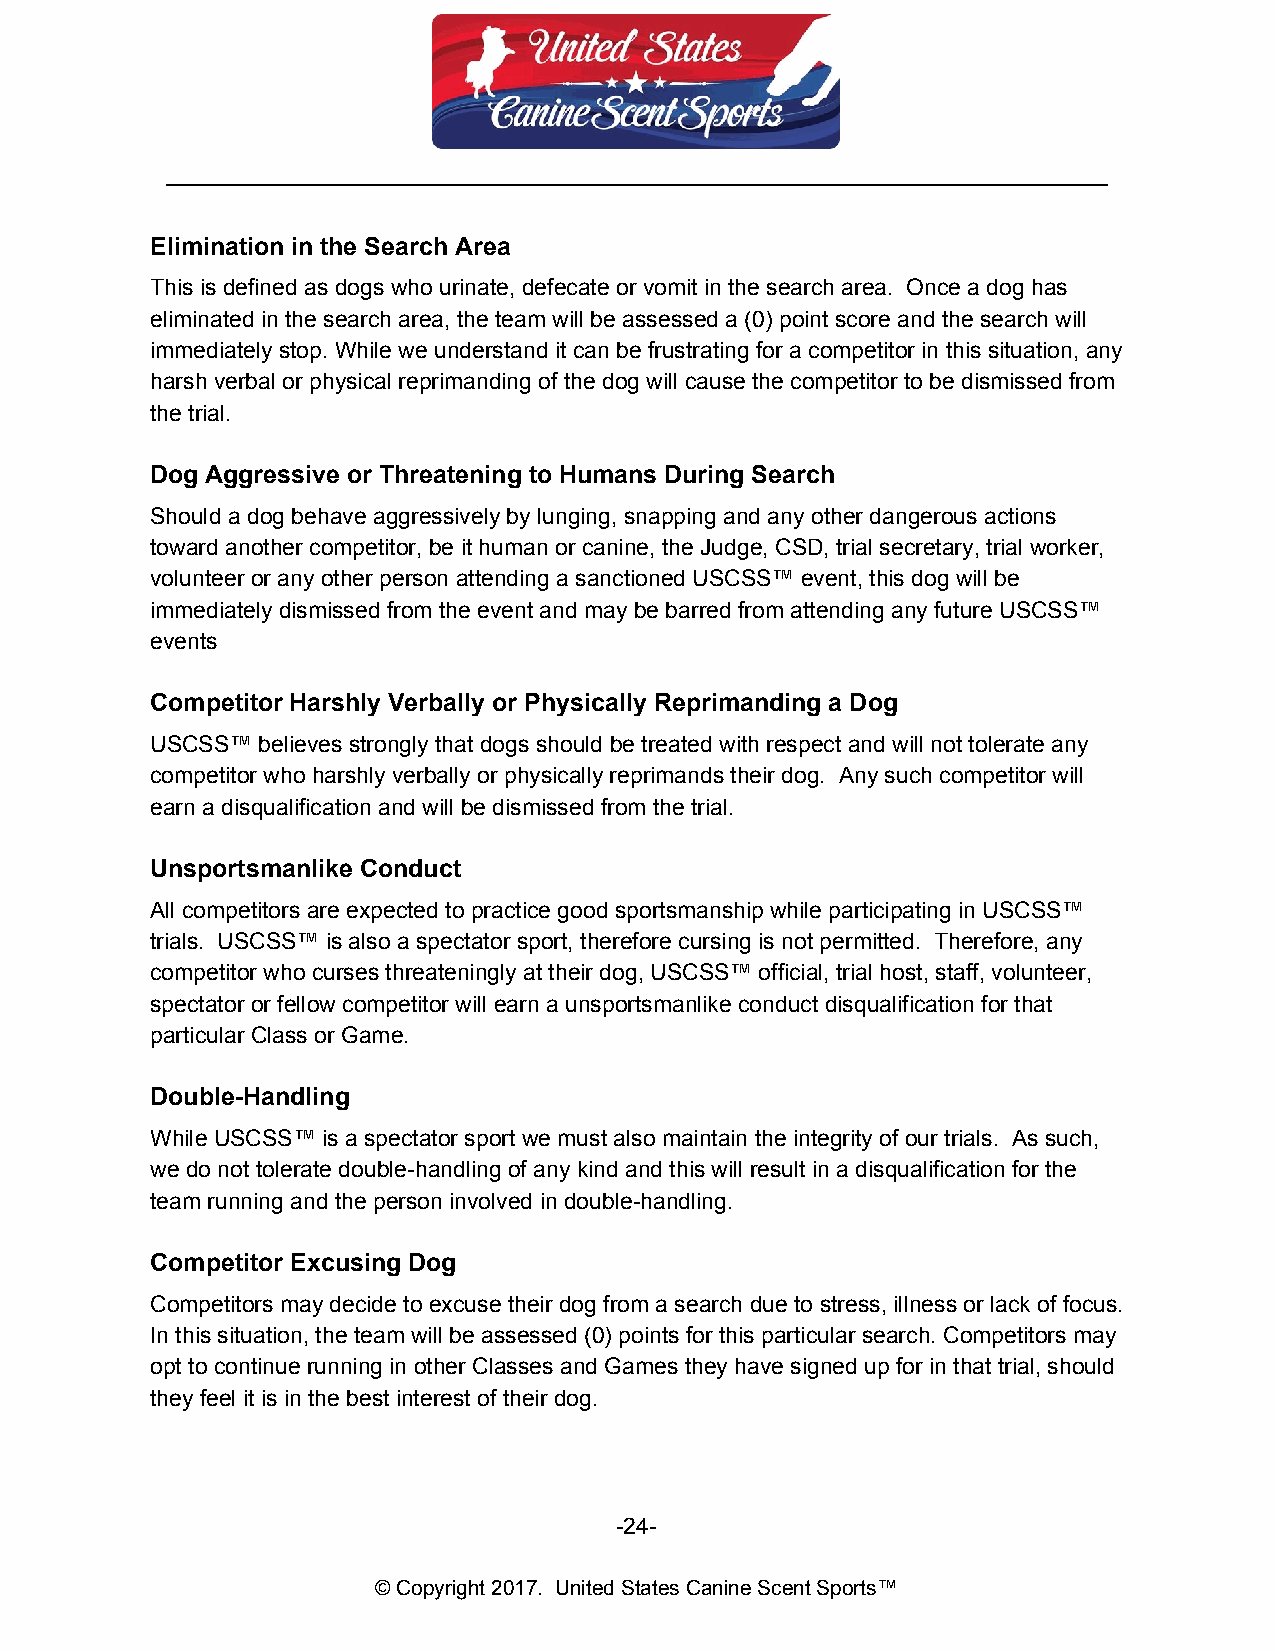
__________________________________________________________________________
 Elimination in the Search Area
 This is defined as dogs who urinate, defecate or vomit in the search area. Once a dog has
 eliminated in the search area, the team will be assessed a (0) point score and the search will
 immediately stop. While we understand it can be frustrating for a competitor in this situation, any
 harsh verbal or physical reprimanding of the dog will cause the competitor to be dismissed from
 the trial.
 Dog Aggressive or Threatening to Humans During Search
 Should a dog behave aggressively by lunging, snapping and any other dangerous actions
 toward another competitor, be it human or canine, the Judge, CSD, trial secretary, trial worker,
 volunteer or any other person attending a sanctioned USCSS™ event, this dog will be
 immediately dismissed from the event and may be barred from attending any future USCSS™
 events
 Competitor Harshly Verbally or Physically Reprimanding a Dog
 USCSS™ believes strongly that dogs should be treated with respect and will not tolerate any
 competitor who harshly verbally or physically reprimands their dog. Any such competitor will
 earn a disqualification and will be dismissed from the trial.
 Unsportsmanlike Conduct
 All competitors are expected to practice good sportsmanship while participating in USCSS™
 trials. USCSS™ is also a spectator sport, therefore cursing is not permitted. Therefore, any
 competitor who curses threateningly at their dog, USCSS™ official, trial host, staff, volunteer,
 spectator or fellow competitor will earn a unsportsmanlike conduct disqualification for that
 particular Class or Game.
 Double-Handling
 While USCSS™ is a spectator sport we must also maintain the integrity of our trials. As such,
 we do not tolerate double-handling of any kind and this will result in a disqualification for the
 team running and the person involved in double-handling.
 Competitor Excusing Dog
 Competitors may decide to excuse their dog from a search due to stress, illness or lack of focus.
 In this situation, the team will be assessed (0) points for this particular search. Competitors may
 opt to continue running in other Classes and Games they have signed up for in that trial, should
 they feel it is in the best interest of their dog.
 -24-
 © Copyright 2017. United States Canine Scent Sports™